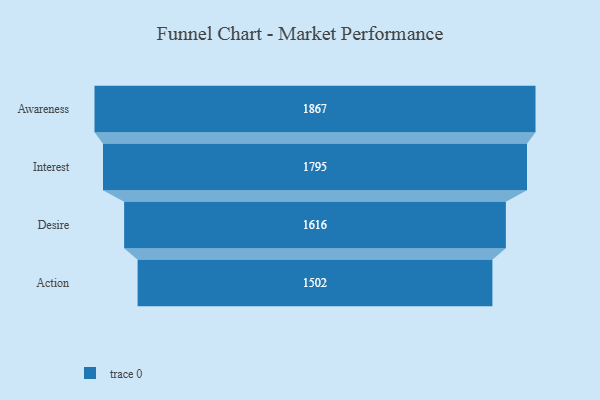
{"axis": {"x": "Stage", "y": "Value"}, "legend": [""], "data": [{"x": "Awareness", "y": 1867.0, "type": ""}, {"x": "Interest", "y": 1795.0, "type": ""}, {"x": "Desire", "y": 1616.0, "type": ""}, {"x": "Action", "y": 1502.0, "type": ""}]}